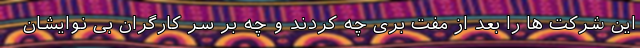
این شرکت ها را بعد از مفت بری چه کردند و چه بر سر کارگران بی نوایشان